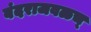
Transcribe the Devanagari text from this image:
बंदराजवळच्